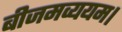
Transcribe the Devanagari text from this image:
बीजमव्ययम।